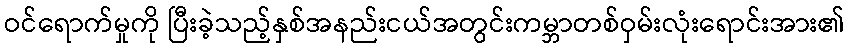
ဝင်ရောက်မှုကို ပြီးခဲ့သည့်နှစ်အနည်းငယ်အတွင်းကမ္ဘာတစ်ဝှမ်းလုံးရောင်းအား၏